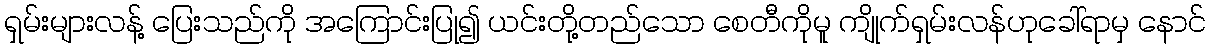
ရှမ်းများလန့် ပြေးသည်ကို အကြောင်းပြု၍ ယင်းတို့တည်သော စေတီကိုမူ ကျိုက်ရှမ်းလန်ဟုခေါ်ရာမှ နောင်